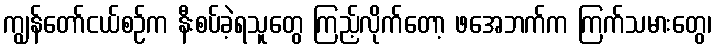
ကျွန်တော်ငယ်စဉ်က နီးစပ်ခဲ့ရသူတွေ ကြည့်လိုက်တော့ ဖအေဘက်က ကြက်သမားတွေ၊